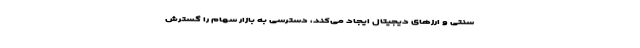
سنتی و ارزهای دیجیتال ایجاد می‌کند، دسترسی به بازار سهام را گسترش